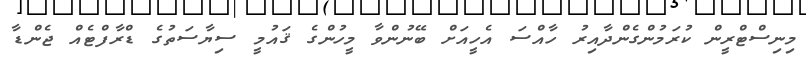
މިނިސްޓްރީން ކުރަމުންގެންދާއިރު ހާއްސަ އެހީއަށް ބޭނުންވާ މީހުންގެ ޤައުމީ ސިޔާސަތުގެ ޑްރާފްޓެއް ޖެންޑާ